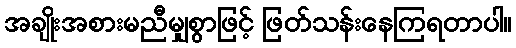
အချိုးအစားမညီမျှစွာဖြင့် ဖြတ်သန်းနေကြရတာပါ။